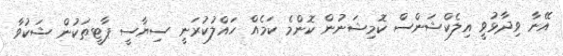
އޭނާ ވިދާޅުވީ އިލެކްޝަންސް ކޮމިޝަނުން ކޮންމެ ކަމެއް ހައްލުކުރަނީ ސިޔާސީ ޕާޓީތަކުން ޝަކުވާ